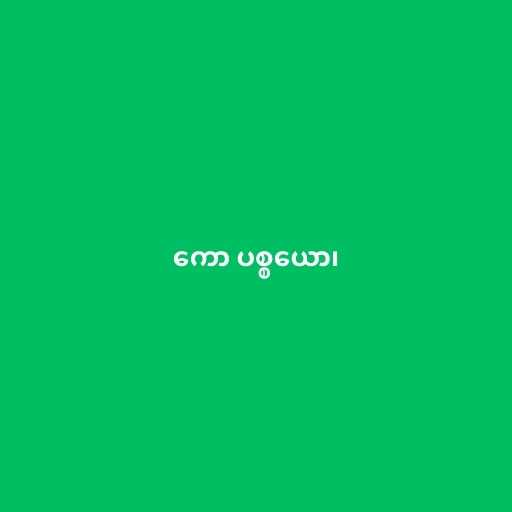
ကော ပစ္စယော၊